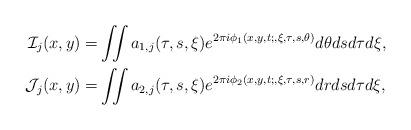
LaTeX: \begin{align*}\mathcal I_j(x,y)=&\iint a_{1,j}(\tau,s,\xi)e^{2\pi i\phi_1(x,y,t;,\xi,\tau,s,\theta)}d\theta ds d\tau d\xi,\\\mathcal J_j(x,y)=&\iint a_{2,j}(\tau,s,\xi)e^{2\pi i\phi_2(x,y,t;,\xi,\tau,s,r)}dr ds d\tau d\xi,\end{align*}